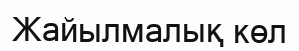
Жайылмалық көл